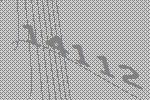
14112